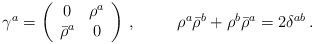
LaTeX: \begin{align*}\begin{array}{cc}\gamma^{a}=\left(\begin{array}{cc}0&\rho^{a}\\ \bar{\rho}^{a}&0\end{array}\right)\,,~~~&~~\rho^{a}\bar{\rho}^{b}+\rho^{b}\bar{\rho}^{a}=2\delta^{ab}\,.\end{array}\end{align*}